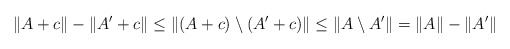
\begin{align*} \|A+c\| - \|A' + c\| \leq \|(A+c) \setminus (A' + c)\| \leq \|A \setminus A'\| = \|A\| - \|A'\|\end{align*}